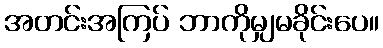
အတင်းအကြပ် ဘာကိုမျှမခိုင်းပေ။